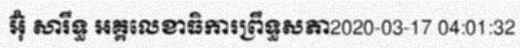
អ៊ុំ សារឹទ្ធ អគ្គលេខាធិការព្រឹទ្ធសភា2020-03-17 04:01:32